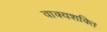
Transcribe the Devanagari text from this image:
वाक्यशक्ति